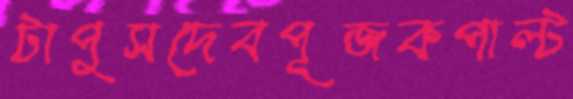
টাপুসদেবপূজকপাল্ট